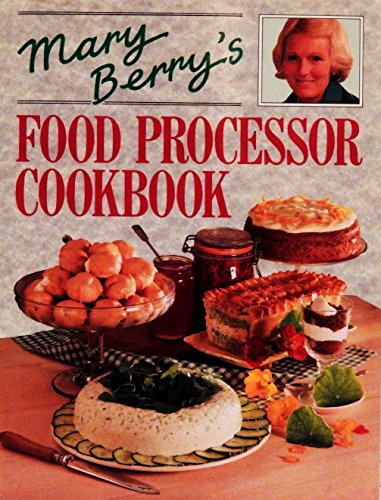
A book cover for Mary Berry's Food Processor Cookbook; Mary Berry; Cookbooks, Food & Wine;